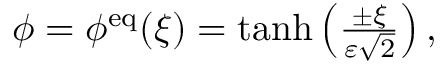
\begin{array} { r } { \phi = \phi ^ { \mathrm { e q } } ( \xi ) = \operatorname { t a n h } \left( \frac { \pm \xi } { \varepsilon \sqrt { 2 } } \right) , } \end{array}